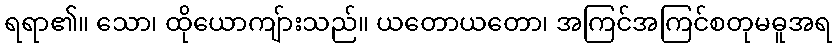
ရရာ၏။ သော၊ ထိုယောကျ်ားသည်။ ယတောယတော၊ အကြင်အကြင်စတုမဓူအရ